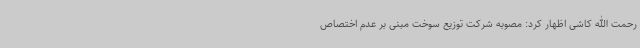
رحمت الله کاشی اظهار کرد: مصوبه شرکت توزیع سوخت مبنی بر عدم اختصاص